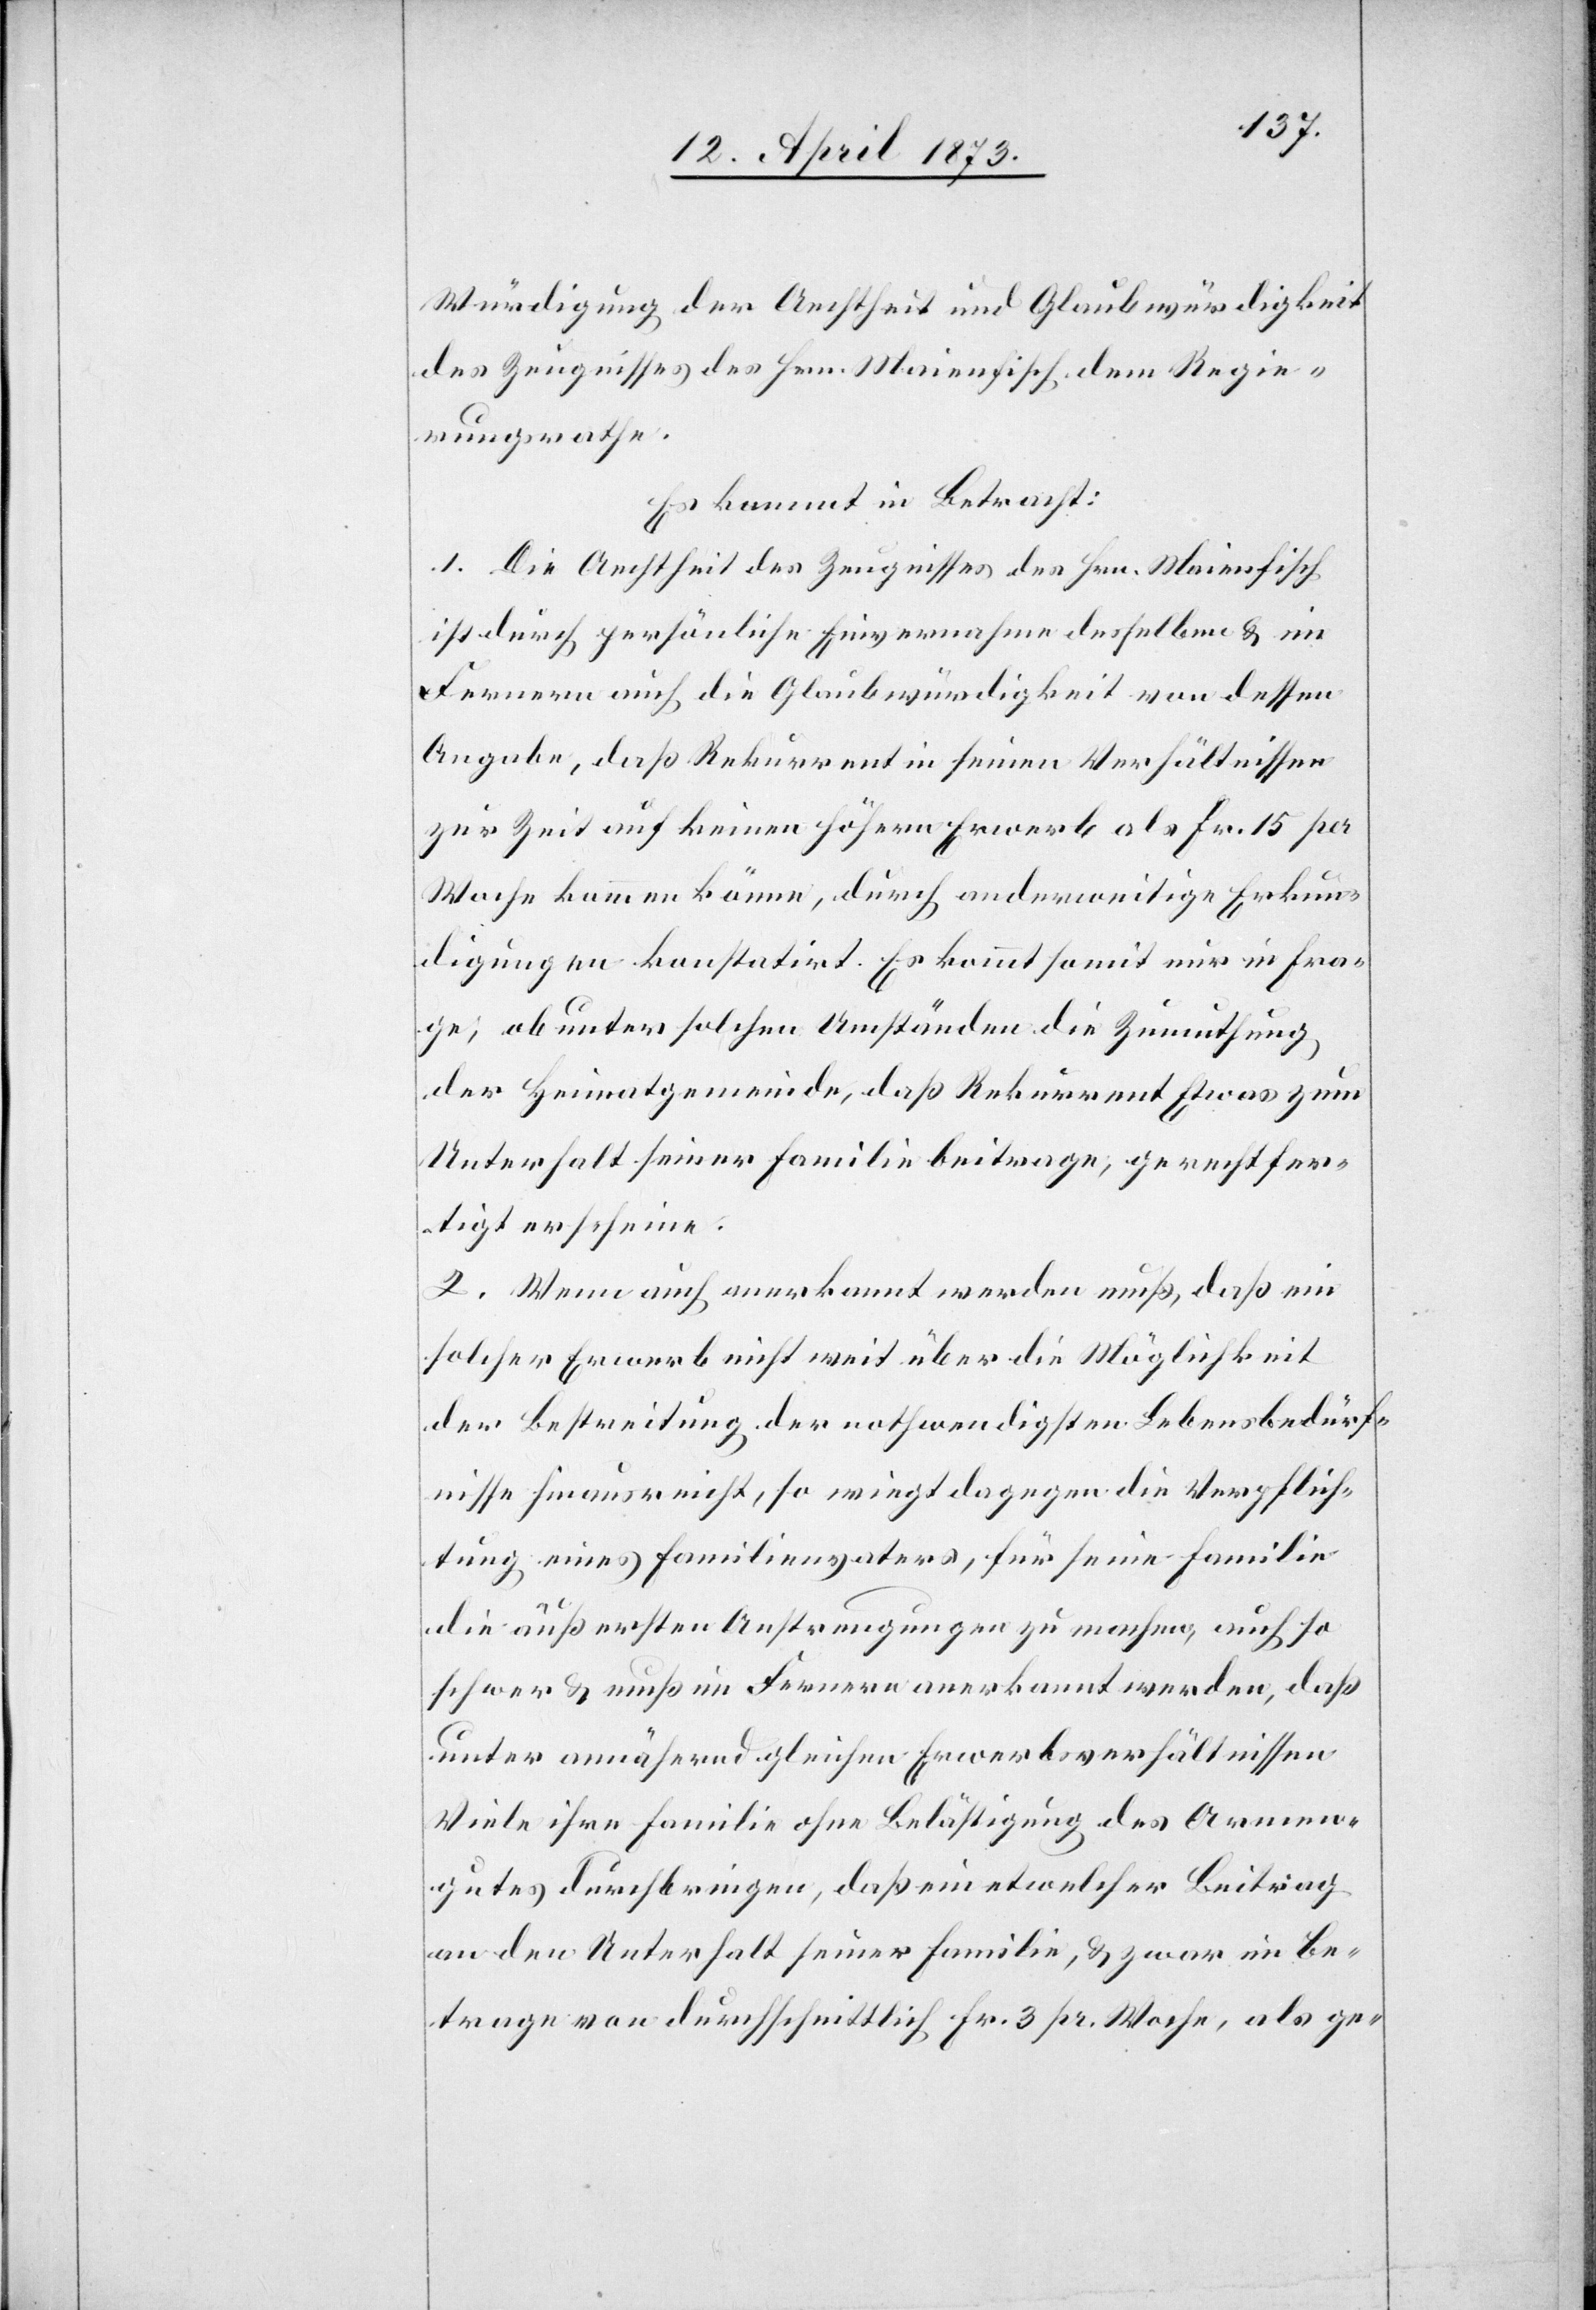
Würdigung der Aechtheit und Glaubwürdigkeit
des Zeugnisses des Hrn. Maienfisch dem Regie¬
rungsrathe.
Es kommt in Betracht:
1. Die Aechtheit des Zeugnisses des Hrn. Maienfisch
ist durch persönliche Einvernahme desselben & im
Fernern auch die Glaubwürdigkeit von dessen
Angabe, daß Rekurrent in seinen Verhältnissen
zur Zeit auf keinen höhern Erwerb als Fr. 15 per
Woche kommen könne, durch anderweitige Erkun¬
digungen konstatirt. Es kommt somit nur in Fra¬
ge, ob unter solchen Umständen die Zumuthung
der Heimatgemeinde, daß Rekurrent Etwas zum
Unterhalt seiner Familie beitrage, gerechtfer¬
tigt erscheine.
2. Wenn auch anerkannt werden muß, daß ein
solcher Erwerb nicht weit über die Möglichkeit
der Bestreitung der nothwendigsten Lebensbedürf¬
nisse hinausreicht, so wiegt dagegen die Verpflich¬
tung eines Familienvaters, für seine Familie
die äußersten Anstrengungen zu machen, auch so
schwer & muß im Fernern anerkannt werden, daß
unter annähernd gleichen Erwerbsverhältnissen
Viele ihre Familie ohne Belästigung des Armen¬
gutes durchbringen, daß ein etwelcher Beitrag
an den Unterhalt seiner Familie, & zwar im Be¬
trage von durchschnittlich Fr. 3 pr. Woche, als ge-